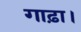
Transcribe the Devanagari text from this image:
गाढ़ा।